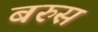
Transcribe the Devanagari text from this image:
बरुस